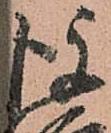
後